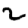
Digit: 2